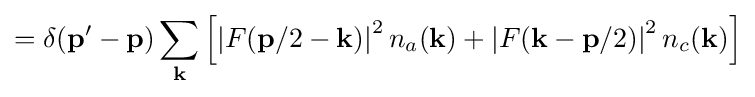
=\delta (\mathbf {p} ^{\prime }-\mathbf {p} )\sum _{\mathbf {k} }\left[\left|F(\mathbf {p} /2-\mathbf {k} )\right|^{2}n_{a}(\mathbf {k} )+\left|F(\mathbf {k} -\mathbf {p} /2)\right|^{2}n_{c}(\mathbf {k} )\right]